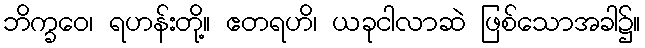
ဘိက္ခဝေ၊ ရဟန်းတို့။ ဧတရဟိ၊ ယခုငါလာဆဲ ဖြစ်သောအခါ၌။